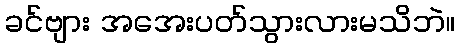
ခင်ဗျား အအေးပတ်သွားလားမသိဘဲ။